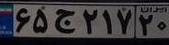
۶۵ج۲۱۷۲۰